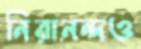
নিরানন্দও